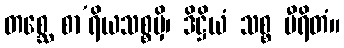
တစ္ဆေ စာ’ရိယသစ္စမှိ၊ ဒိဋ္ဌိယံ သစ္စ မီရိတံ။